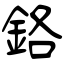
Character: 鉻